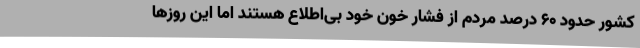
کشور حدود 60 درصد مردم از فشار خون خود بی‌اطلاع هستند اما این روزها